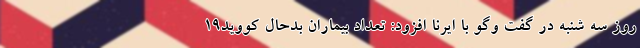
روز سه شنبه در گفت وگو با ایرنا افزود: تعداد بیماران بدحال کووید۱۹